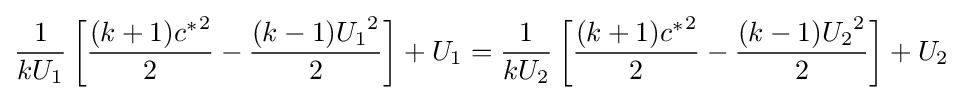
{\frac {1}{kU_{1}}}\left[{\frac {(k+1){c^{*}}^{2}}{2}}-{\frac {(k-1){U_{1}}^{2}}{2}}\right]+U_{1}={\frac {1}{kU_{2}}}\left[{\frac {(k+1){c^{*}}^{2}}{2}}-{\frac {(k-1){U_{2}}^{2}}{2}}\right]+U_{2}